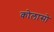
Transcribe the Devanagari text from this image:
कोलासो